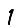
Digit: 1